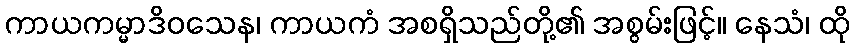
ကာယကမ္မာဒိဝသေန၊ ကာယကံ အစရှိသည်တို့၏ အစွမ်းဖြင့်။ နေသံ၊ ထို